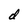
Character: d